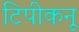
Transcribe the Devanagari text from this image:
टिपीकनू